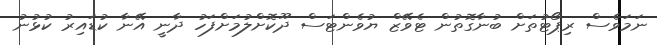
ނަމަވެސް ރިޕޯޓުތަށް ބުނާގޮތުން ޓެވޭޒް ޔުވެންޓަސް ދޫކޮށްލުމަށްފަހު ދާނީ އޭނާ ކުޑައިރު ކުޅުނު